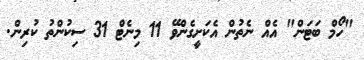
"ހޯމް ބަޓަން" އެއް ނެތުން އެކަށީގެންވޭ 11 މިނެޓް 31 ސިކުންތު ކުރިން.